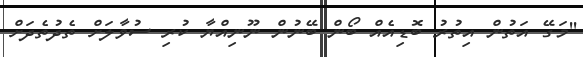
''މަގޭ އަތުން އިތުރު ބޮޑިއެއް ބޯން ބޭނުން ނޫނިއްޔާ ކުރި ސުވާލަށް ތެދުތެދަށް